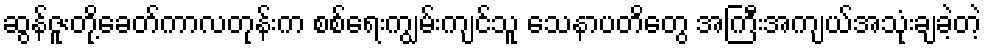
ဆွန်ဇူးတို့ခေတ်ကာလတုန်းက စစ်ရေးကျွမ်းကျင်သူ သေနာပတိတွေ အကြီးအကျယ်အသုံးချခဲ့တဲ့